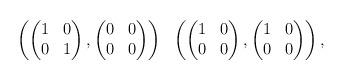
LaTeX: \begin{align*} \left(\begin{pmatrix} 1 & 0 \\ 0 & 1 \end{pmatrix}, \begin{pmatrix} 0 & 0 \\ 0&0\end{pmatrix} \right) \ \ \left(\begin{pmatrix} 1 & 0 \\ 0 & 0 \end{pmatrix}, \begin{pmatrix} 1 & 0\\0&0 \end{pmatrix} \right),\end{align*}